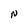
Character: N